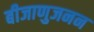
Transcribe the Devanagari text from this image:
बीजाणुजनन